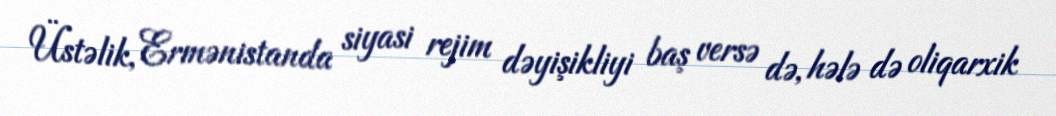
Üstəlik, Ermənistanda siyasi rejim dəyişikliyi baş versə də, hələ də oliqarxik